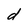
Character: d